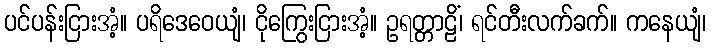
ပင်ပန်းငြားအံ့။ ပရိဒေဝေယျံ၊ ငိုကြွေးငြားအံ့။ ဥရတ္တာဠိံ၊ ရင်တီးလက်ခက်။ ကနေယျံ၊